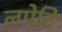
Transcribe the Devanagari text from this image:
लपेटि